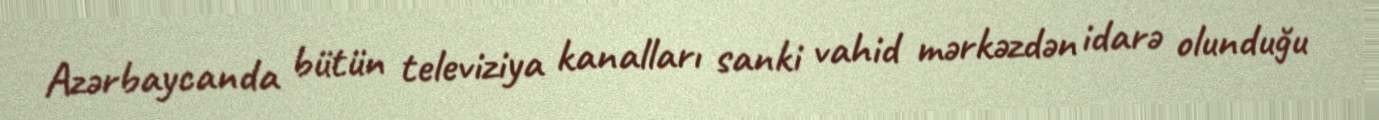
Azərbaycanda bütün televiziya kanalları sanki vahid mərkəzdən idarə olunduğu